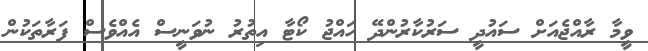
ވީމާ ރާއްޖެއަށް ސައުދީ ސަރުކާރުންދޭ ހައްޖު ކޯޓާ އިތުރު ނުވަނީސް އެއްވެސް ފަރާތަކުން